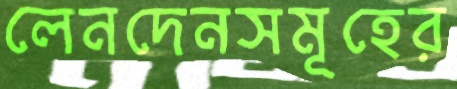
লেনদেনসমূহের